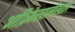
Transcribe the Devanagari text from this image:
आफ्रिकेखालोखाल